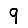
Digit: 9